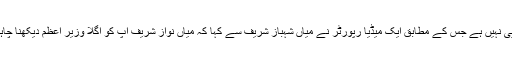
میڈیا میں گزشتہ دنوں گردش کرنے والی خبر بھی کسی سے ڈھکی چھپی نہیں ہے جس کے مطابق ایک میڈیا رپورٹر نے میاں شہباز شریف سے کہا کہ میاں نواز شریف آپ کو اگلا وزیر اعظم دیکھنا چاہتے ہیں تو میاں شہباز شریف نے کہا کہ اللہ آپ کی زبان مبارک کرے۔